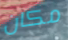
مكان